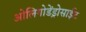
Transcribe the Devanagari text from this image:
ओलिगोडेंड्रोसाईट